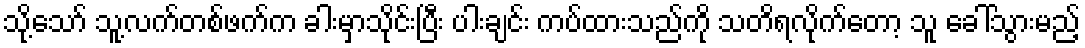
သို့သော် သူ့လက်တစ်ဖက်က ခါးမှာသိုင်းပြီး ပါးချင်း ကပ်ထားသည်ကို သတိရလိုက်တော့ သူ ခေါ်သွားမည့်